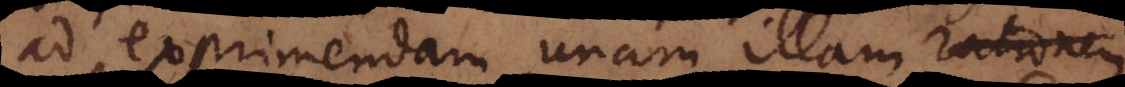
ad exprimendam unam illam rationem